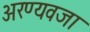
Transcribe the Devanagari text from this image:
अरण्यवजा